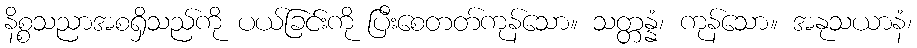
နိစ္စသညာအစရှိသည်ကို ပယ်ခြင်းကို ပြီးစေတတ်ကုန်သော။ သတ္တန္နံ၊ ကုန်သော။ အနုသယာနံ၊